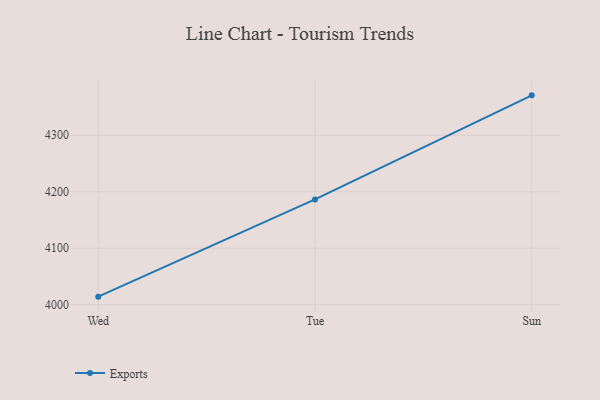
{"axis": {"x": "Day", "y": "Customer Acquisition Cost (USD)"}, "legend": ["Exports"], "data": [{"x": "Wed", "y": 4014.3, "type": "Exports"}, {"x": "Tue", "y": 4186.4, "type": "Exports"}, {"x": "Sun", "y": 4370.7, "type": "Exports"}]}